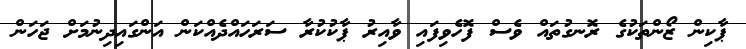
ޕާކިން ޒޯންތަކުގެ ރޮނގުތައް ވެސް ފޮހެވިފައި ވާއިރު ޕާކުކުރާ ސަރަހައްދެއްކަން އަންގައިދިނުމަށް ޖަހަން